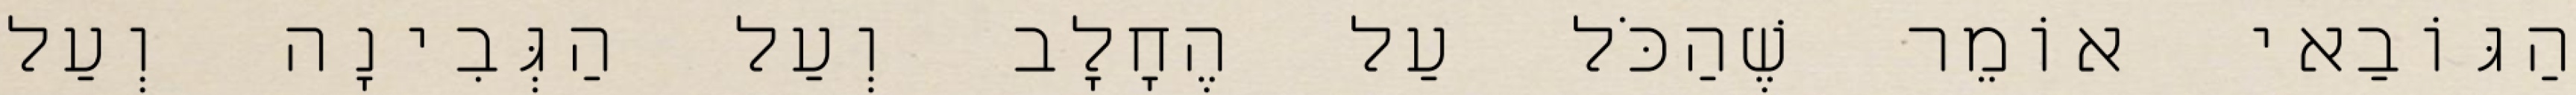
הַגּוֹבַאי אוֹמֵר שֶׁהַכֹּל עַל הֶחָלָב וְעַל הַגְּבִינָה וְעַל